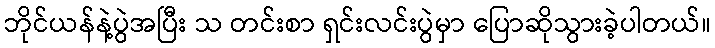
ဘိုင်ယန်နဲ့ပွဲအပြီး သ တင်းစာ ရှင်းလင်းပွဲမှာ ပြောဆိုသွားခဲ့ပါတယ်။